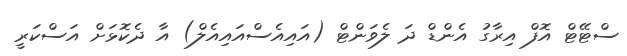
ސްޓޭޓް އޮފް އިރާގު އެންޑް ދަ ލެވަންޓް (އައިއެސްއައިއެލް) އާ ދެކޮޅަށް އަސްކަރީ